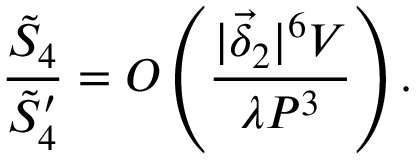
\frac { \tilde { S } _ { 4 } } { \tilde { S } _ { 4 } ^ { \prime } } = O \left( \frac { | \vec { \delta } _ { 2 } | ^ { 6 } V } { \lambda { \cal P } ^ { 3 } } \right) .